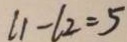
l 1 - l 2 = 5